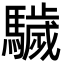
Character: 䮹